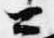
公